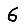
Digit: 6